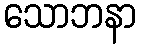
သောဘနာ